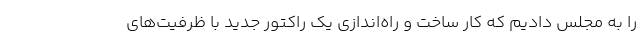
را به مجلس دادیم که کار ساخت و راه‌اندازی یک راکتور جدید با ظرفیت‌های